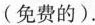
(免费的).